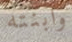
وابنته